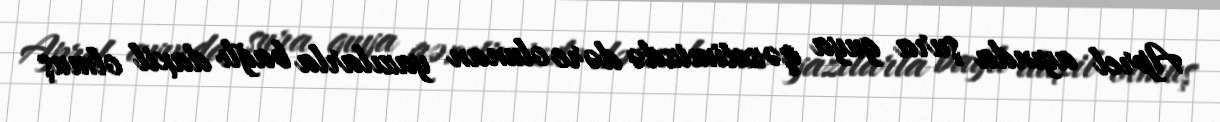
Aprel ayında şura guya qəzetimizdə dərc olunan yazılarla bağlı daxil olmuş